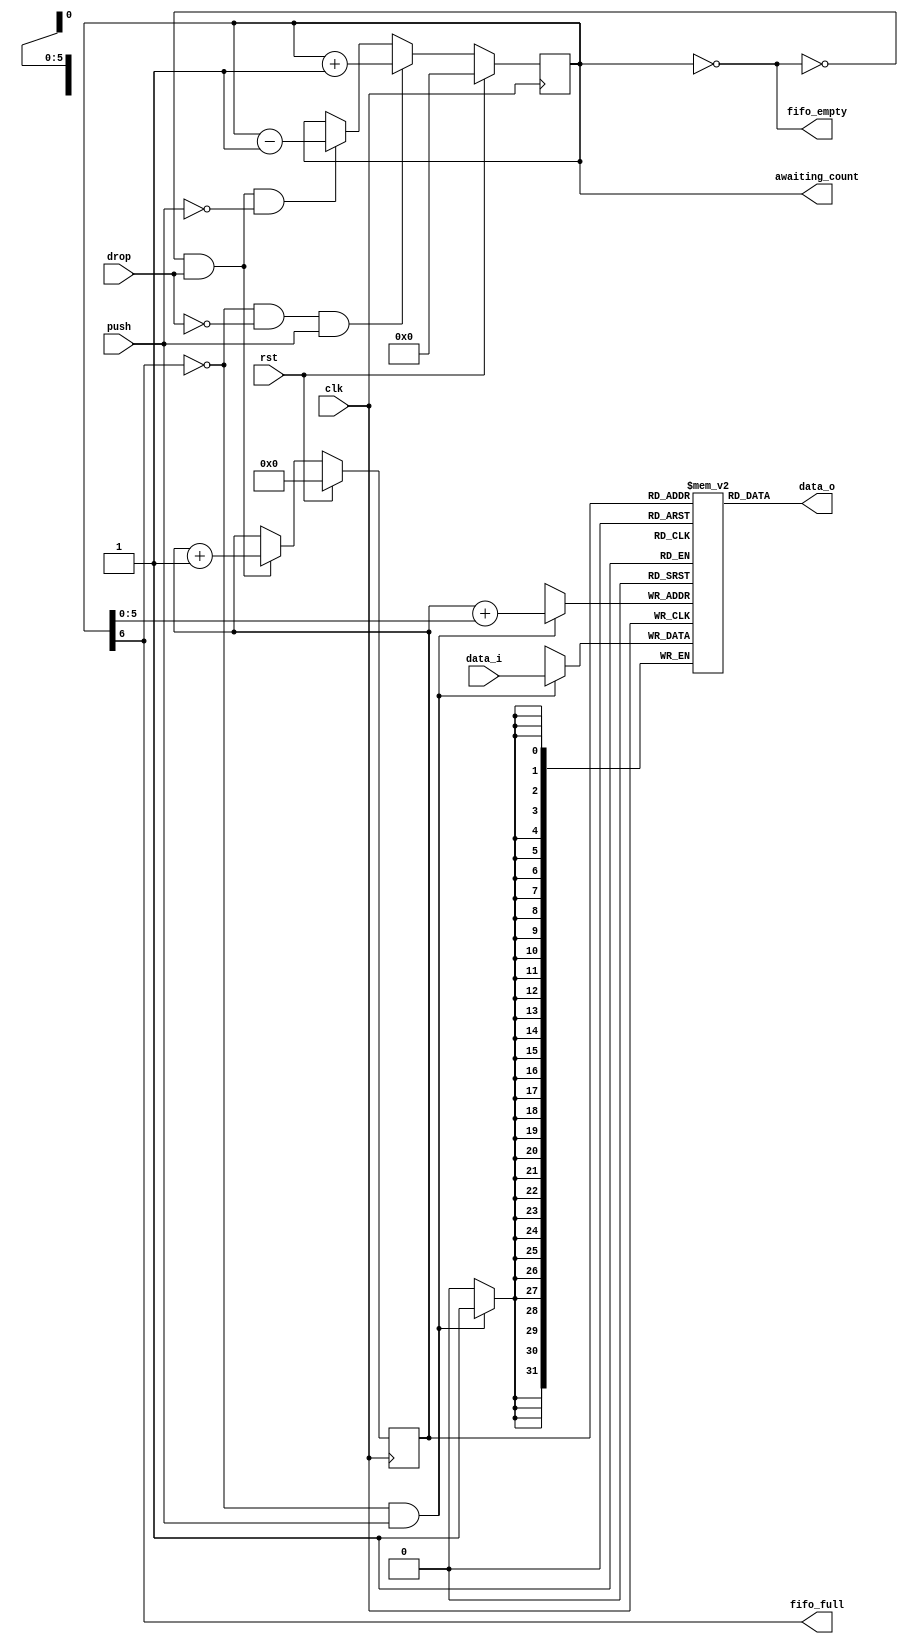
`timescale 1 ns / 1 ps
/* ----------------------------------------- *
 * Title       : FIFO Buffer                 *
 * Project     : Verilog Utility Modules     *
 * ----------------------------------------- *
 * Last Edit   : 24/10/2021                  *
 * Licence     : CERN-OHL-W                  *
 * ----------------------------------------- *
 * Description : A generic FIFO circular     *
 *               buffer                      *
 * ----------------------------------------- */

module fifo#(
  parameter DATA_WIDTH = 32, //Size of each data entry
  parameter FIFO_LENGTH_SIZE = 6 //Width of number of entries
  )(
  input clk,
  input rst,
  //Flags
  output fifo_empty,
  output fifo_full,
  output reg [FIFO_LENGTH_SIZE:0] awaiting_count, //Number of entires waiting in the buffer
  //Data in
  input [DATA_WIDTH-1:0] data_i,
  input push, //Add data_i to buffer, level sensitive
  //Data out
  output [DATA_WIDTH-1:0] data_o,
  input drop //Entry at data_o is read, should be set after data_o is read, level sensitive
  );
  localparam FIFO_LENGTH = 2 ** FIFO_LENGTH_SIZE;
  reg [DATA_WIDTH-1:0] buffer[FIFO_LENGTH-1:0];

  //Pointers for circular buffer
  reg  [FIFO_LENGTH_SIZE-1:0]  read_ptr;
  wire [FIFO_LENGTH_SIZE-1:0] write_ptr = read_ptr + awaiting_count[FIFO_LENGTH_SIZE-1:0];

  always@(posedge clk) begin
    if(rst) begin
      read_ptr <= 0;
    end else begin
      read_ptr <= (~fifo_empty & drop) ? read_ptr + 1 : read_ptr;
    end
  end

  always@(posedge clk) begin
    if(rst) begin
      awaiting_count <= 0;
    end else begin
      if(~fifo_full & ~drop & push) begin
        awaiting_count <= awaiting_count + 1;
      end else if(~fifo_empty & drop & ~push) begin
        awaiting_count <= awaiting_count - 1;
      end
    end
  end


  //fifo flags
  assign fifo_empty = (awaiting_count == 0);
  assign fifo_full  =  awaiting_count[FIFO_LENGTH_SIZE];
  

  //Handle data pins
  assign data_o = buffer[read_ptr];
  always@(posedge clk) begin
    if(~fifo_full & push) begin
      buffer[write_ptr] <= data_i;
    end
  end
endmodule